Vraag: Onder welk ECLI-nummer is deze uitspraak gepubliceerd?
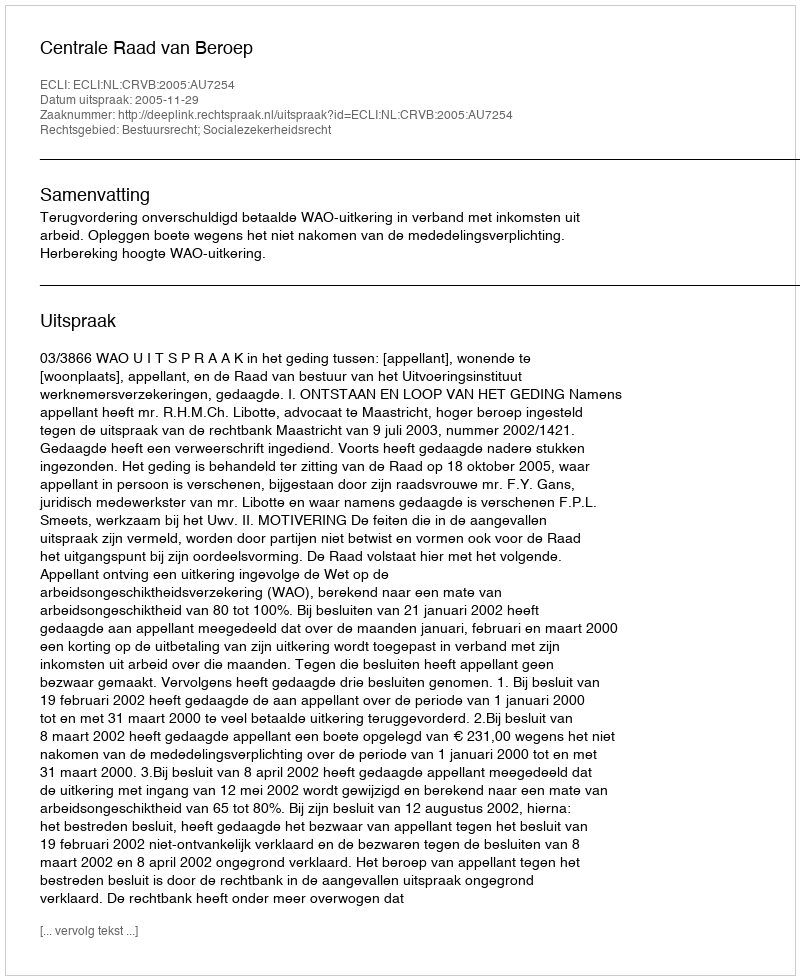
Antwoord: ECLI:NL:CRVB:2005:AU7254